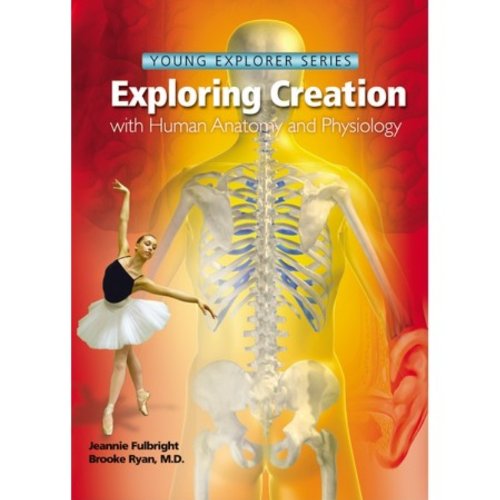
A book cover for Exploring Creation with Human Anatomy and Physiology (Young Explorer Series); Jeannie K. Fulbright; Medical Books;